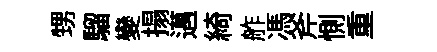
甥騮變搨邁綺舴馮斧惻重